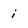
Character: i